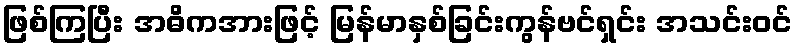
ဖြစ်ကြပြီး အဓိကအားဖြင့် မြန်မာနှစ်ခြင်းကွန်ဗင်ရှင်း အသင်းဝင်